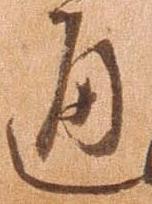
通